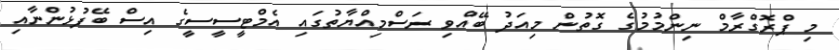
މި ޕްރޮގްރާމް ނިންމުމުގެ ގޮތުން މިއަދު ބޭއްވި ރަސްމިއްޔާތުގައި އެމްޓީސީސީގެ އިސް ބޭފުޅުންނާއި